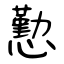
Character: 懃